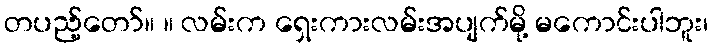
တပည့်တော်။ ။ လမ်းက ရှေးကားလမ်းအပျက်မို့ မကောင်းပါဘူး၊